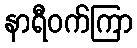
နာရီဝက်ကြာ